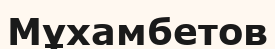
Мұхамбетов